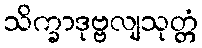
သိက္ခာဒုဗ္ဗလျသုတ္တံ